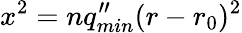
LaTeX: x^{2}=nq_{min}^{\prime\prime}(r-r_{0})^{2}